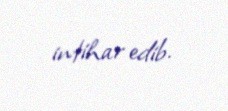
intihar edib.